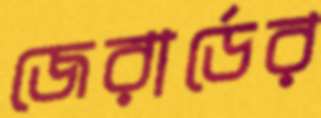
জেরার্ডের